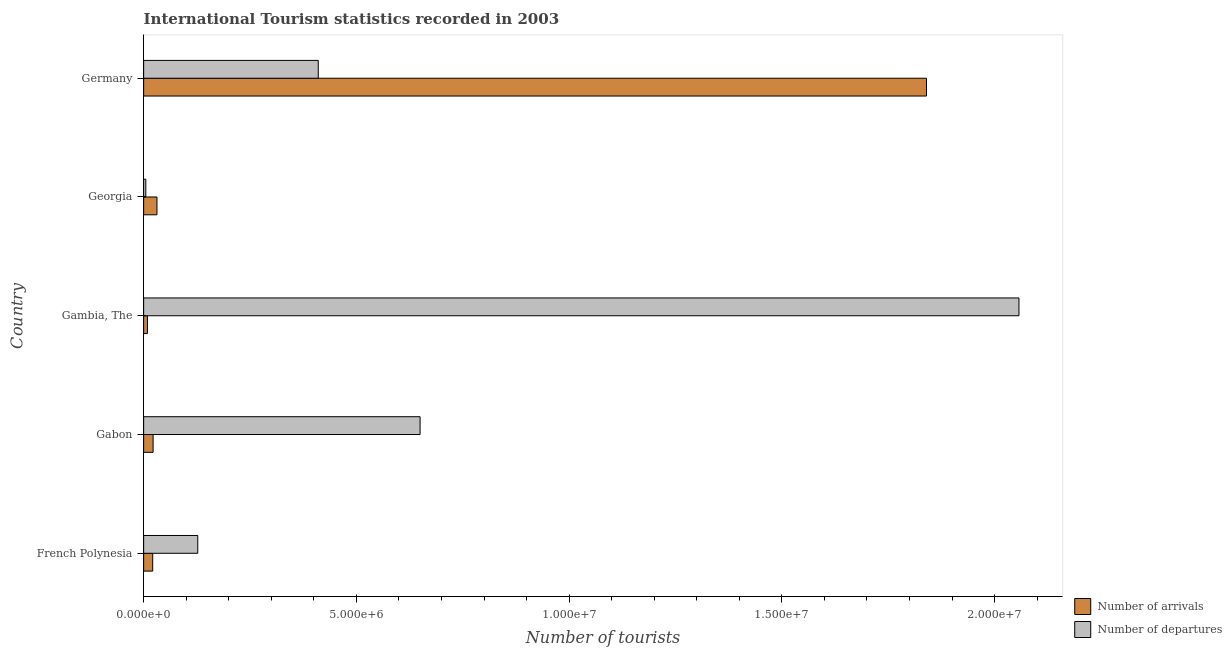
| Country | Number of arrivals | Number of departures |
 | --- | --- | --- |
 | French Polynesia | 2.13e+05 | 1.27e+06 |
 | Gabon | 2.22e+05 | 6.5e+06 |
 | Gambia, The | 8.9e+04 | 2.06e+07 |
 | Georgia | 3.13e+05 | 5.1e+04 |
 | Germany | 1.84e+07 | 4.1e+06 |